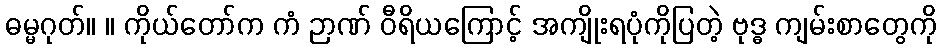
ဓမ္မဂုတ်။ ။ ကိုယ်တော်က ကံ ဉာဏ် ဝီရိယကြောင့် အကျိုးရပုံကိုပြတဲ့ ဗုဒ္ဓ ကျမ်းစာတွေကို